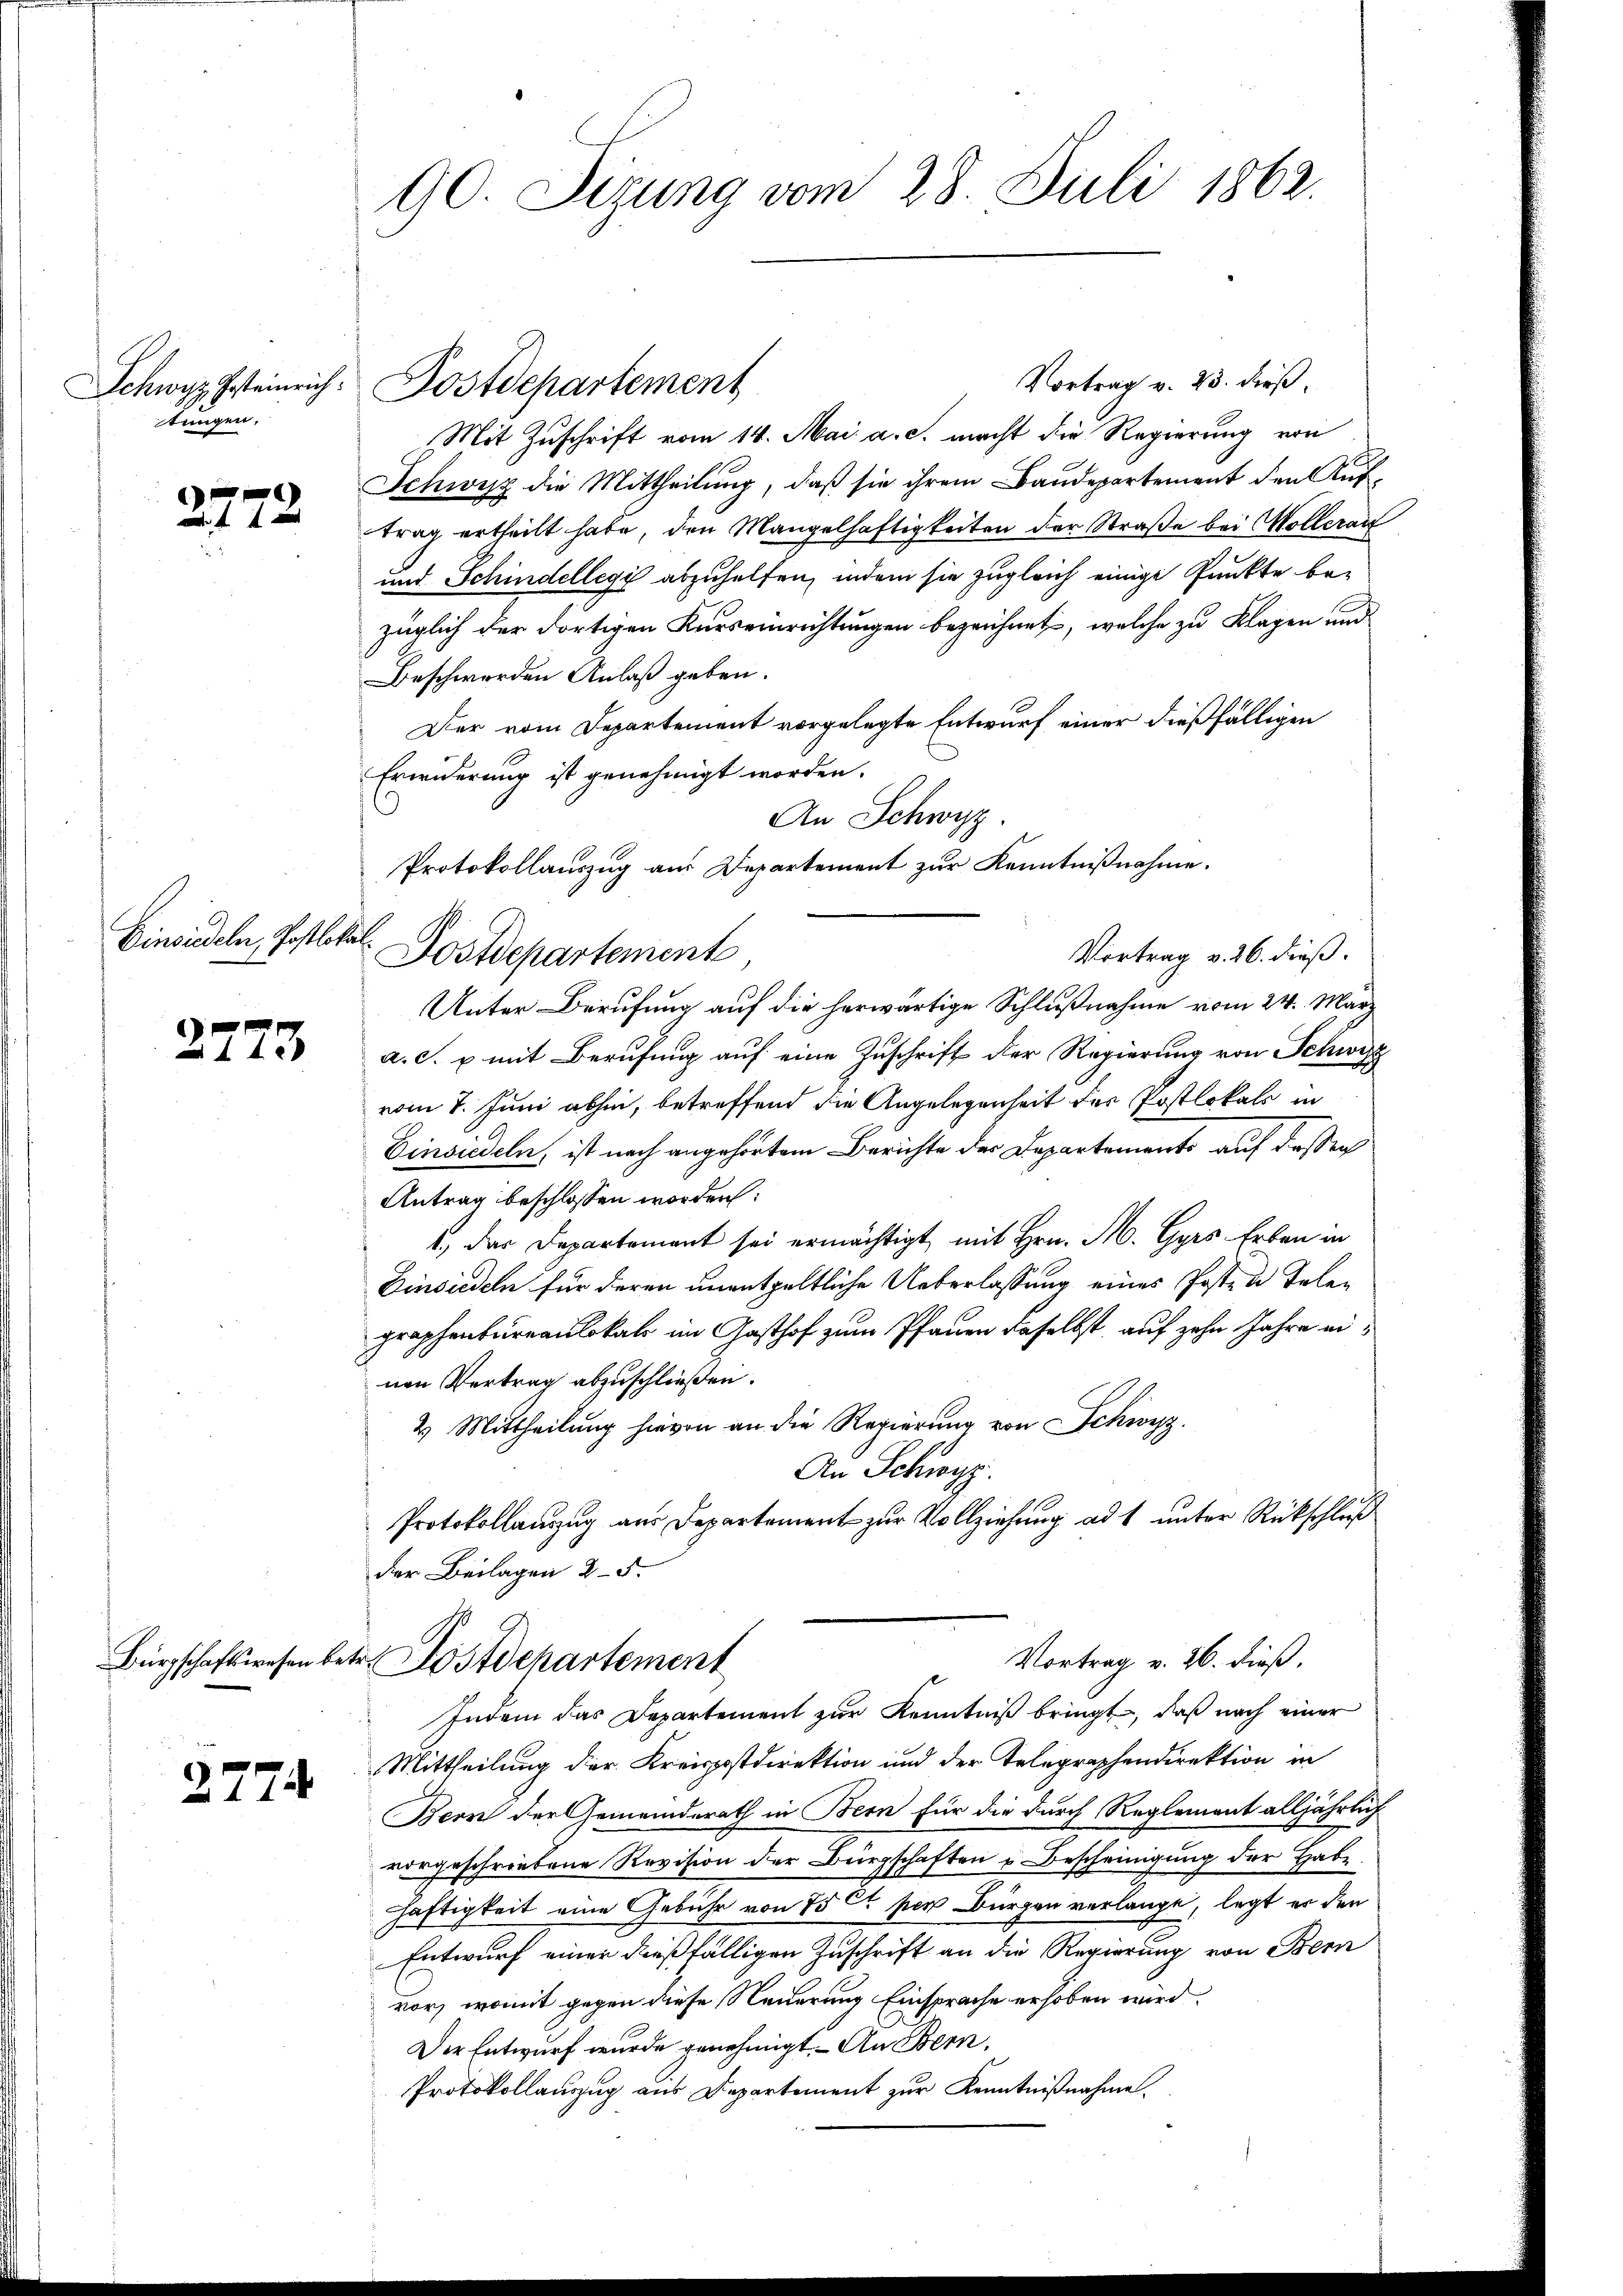
Schwyz festeinrich.
tungen.

2472

Finandelten, so flottes.

2773

2774

90 Sizung vom 28. Juli 1862.

Vortrag v. 23. dieß,
Mit Zuschrift vom 14. Mai a. c. macht die Regierung von
Schwyz die Mittheilung, daß sie ihrem Baudepartement den Auftrag ertheilt habe, den Mangelhaftigkeiten der Straße bei Wollerau
und Schindellegi abzuhelfen, indem sie zugleich einige Punkte be-
züglich der dortigen Kurseinrichtungen bezeichnet, welche zu Klagen und
Beschwerden Anlaß geben.
Der vom Departement vorgelegte Entwurf einer dießfälligen
Erwiderung ist genehmigt worden.
An Schwyz.
Protokollauszug aus Departement zur Kenntnißnahme.
Vortrag v. 26. dieß.
Unter Berufung auf die herwärtige Schlußnahme vom 24. März
a. S. u mit Berufung auf eine Zuschrift der Regierung von Schwyz
vom 7. Juni abhin, betreffend die Angelegenheit des Postlokals in
Einsiedeln, ist nach angehörtem Berichte der Departements auf dessen
Antrag beschlossen worden:
1.) Das Departement sei ermächtigt, mit Hrn. M. Gyrs Erben in
Einsiedeln für deren unentgeltliche Ueberlassung eines Posten Telegraphenbureaulokals im Gasthof zum Pfarren daselbst, auf zehn Jahre einen Vertrag abzuschließen.
2 Mittheilung hievon an die Regierung von Schwyz.
An Schwyz.
Protokollauszug aus Departement zur Vollziehung ad 1, unter Rückschluß
der Beilagen 25.
Vortrag v. 26. dieß,
Bürgschaftswesen betr. Postdepartement
Indem das Departement zur Kenntniß bringt, daß nach einer
Mittheilung der Kreispostdirektion und der Telegraphendirektion in
Bern der Gemeinderath in Bern für die durch Reglement alljährlich
vorgeschriebene Revision der Bürgschaften u Bescheinigung der Habe
Häftigkeit eine Gebühr von 75 Ct per Bürgen verlange, legt er den
Entwurf einer dießfälligen Zuschrift an die Regierung von Bern
vor, womit gegen diese Neuerung Einsprache erhoben wird.
Der Entwurf wurde genehmigt. An Bern,
Protokollauszug aus Departement zur Kenntnißnahme.

Dostdepartement

Postdepartement